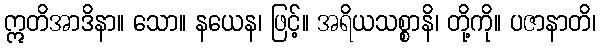
ဣတိအာဒိနာ။ သော။ နယေန၊ ဖြင့်။ အရိယသစ္စာနိ၊ တို့ကို။ ပဇာနာတိ၊